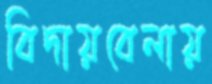
বিদায়বেলায়